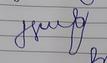
Signature authenticity: forged